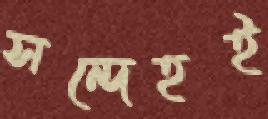
সন্দেহই